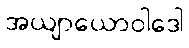
အယျာယောဝါဒေါ